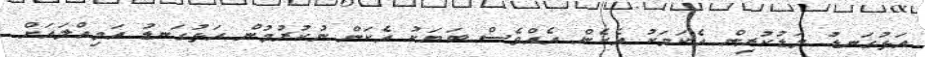
އަޅުގަނޑު މަޑުކުރިން އެކަމަކު އެހެން އެއްވެސް ބަޔަކު އެކަން ނުކުރުމުން އަޅުގަނޑު އަމިއްލައަށް